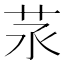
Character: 𦭕